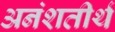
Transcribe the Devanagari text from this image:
अनंशतीर्थ